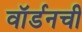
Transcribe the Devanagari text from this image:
वॉर्डनची